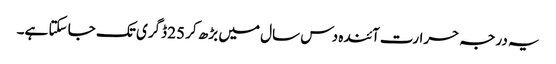
یہ درجہ حرارت آئندہ دس سال میں بڑھ کر 25 ڈگری تک جا سکتا ہے۔